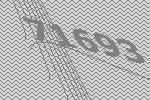
71693